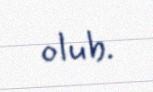
olub.